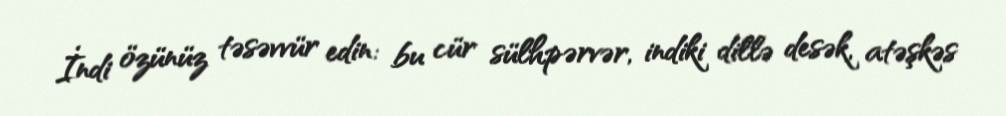
İndi özünüz təsəvvür edin: bu cür sülhpərvər, indiki dillə desək, atəşkəs